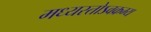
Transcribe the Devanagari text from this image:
मध्यस्तोऽवक्रम्य